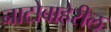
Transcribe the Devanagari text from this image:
नाटोबाहेरील